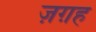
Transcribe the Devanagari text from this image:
ज़ग़ह